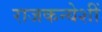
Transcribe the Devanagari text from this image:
राजकन्येशीं